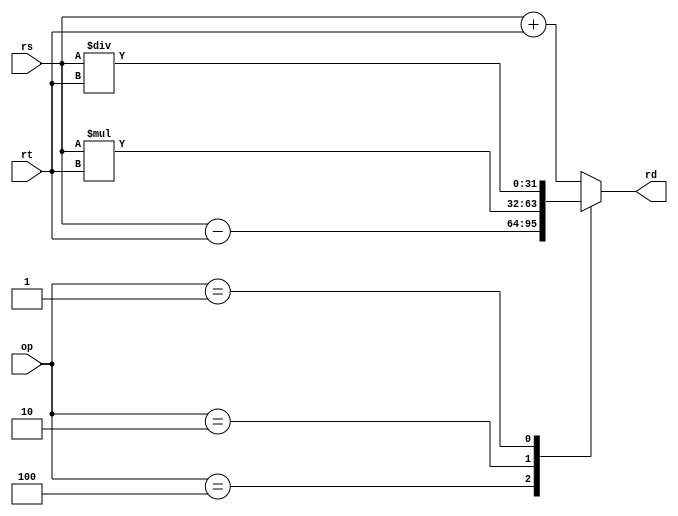
//rs= 32 bits primeiro dado
//rt= 32 bits segundo dado
//op= 04 bits operacao
//rd= 32 bits resultado
module ALU(rs,rt,op,rd);
	input wire [31:0] rs;
	input wire [31:0] rt;
	input wire [3:0] op;
	output reg [31:0] rd;
	always @(*)
    begin
		case(op)
            4'b1000: // Soma
                rd = rs + rt ;
            4'b0100: // Subtracao
                rd = rs - rt ;
            4'b0010: // Multiplicacao
                rd = rs * rt;
            4'b0001: // Divisao
                rd = rs/rt;
            default:  rd = rs + rt ;
        endcase
	end
endmodule
// teste da alu
module ALU_TEST();
	reg [31:0] a,b;
	reg [3:0] c;
	wire [31:0] d;
	ALU alu_test(a,b,c,d);
	initial begin
		$dumpfile("ALU_TEST.vcd");
		$dumpvars;
		a= 12;
		 b= 13;
		 c = 4'b1000;
		#5 a= 20;
		 b= 10;
		 c = 4'b0100;
		#5 a= 5;
		 b= 6;
		 c = 4'b0010;
		#5 a= 25;
		 b= 5;
		 c = 4'b0001;
		#5 $finish;
	end
endmodule